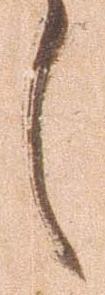
々